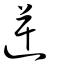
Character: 逆